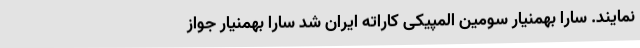
نمایند. سارا بهمنیار سومین المپیکی کاراته ایران شد سارا بهمنیار جواز